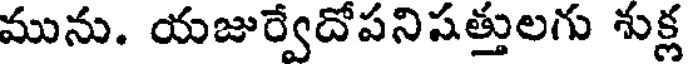
మును. యజుర్వేదోపనిషత్తులగు శుక్ల